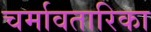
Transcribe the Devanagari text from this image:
चर्मावतारिका